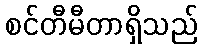
စင်တီမီတာရှိသည်